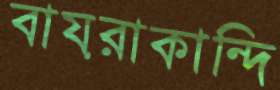
বায়রাকান্দি